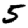
Digit: 5